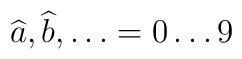
\widehat{a},\widehat{b},\ldots =0\ldots 9